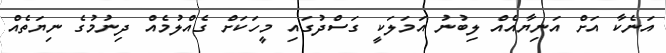
އަނެކާ އަށް އަނިޔާއެއް ލިބުނު އަމަލަކީ ގަސްދުގައި މީހަކަށް ގެއްލުމެއް ދިނުމުގެ ނިޔަތެއް